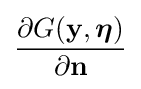
{\frac {\partial G(\mathbf {y} ,{\boldsymbol {\eta }})}{\partial \mathbf {n} }}